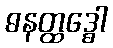
ဓနတ္ထဒ္ဓေါ